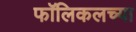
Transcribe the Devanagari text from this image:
फॉलिकलच्या